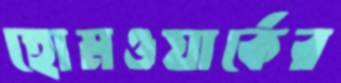
হোমওয়ার্কের